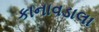
કાનાવડાલા